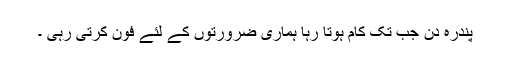
پندرہ دن جب تک کام ہوتا رہا ہماری ضرورتوں کے لئے فون کرتی رہی ۔